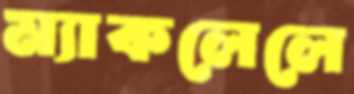
ম্যাকলেলে